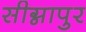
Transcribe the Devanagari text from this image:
सीग्नापुर